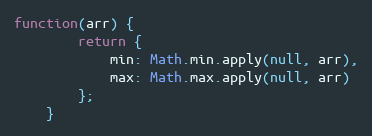
Language: JavaScript
function(arr) {
        return {
            min: Math.min.apply(null, arr),
            max: Math.max.apply(null, arr)
        };
    }